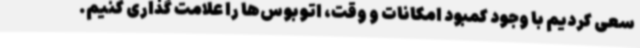
سعی کردیم با وجود کمبود امکانات و وقت، اتوبوس‌ها را علامت گذاری کنیم.